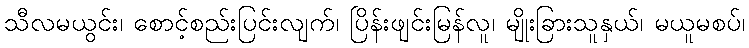
သီလမယွင်း၊ စောင့်စည်းပြင်းလျက်၊ ပြိန်းဖျင်းမြန်လူ၊ မျိုးခြားသူနှယ်၊ မယူမစပ်၊